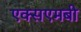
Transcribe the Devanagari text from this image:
एक्सएमबी